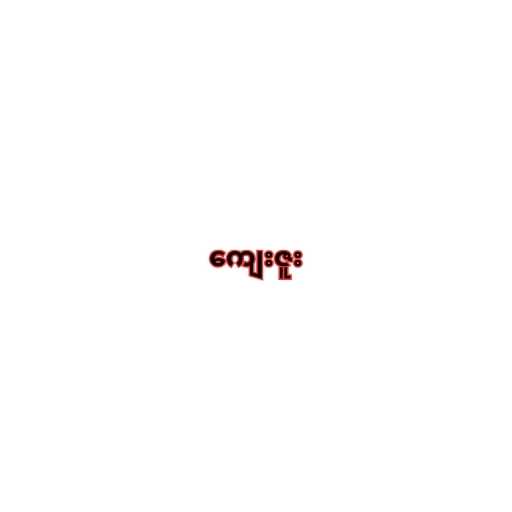
ကျေးဇူး